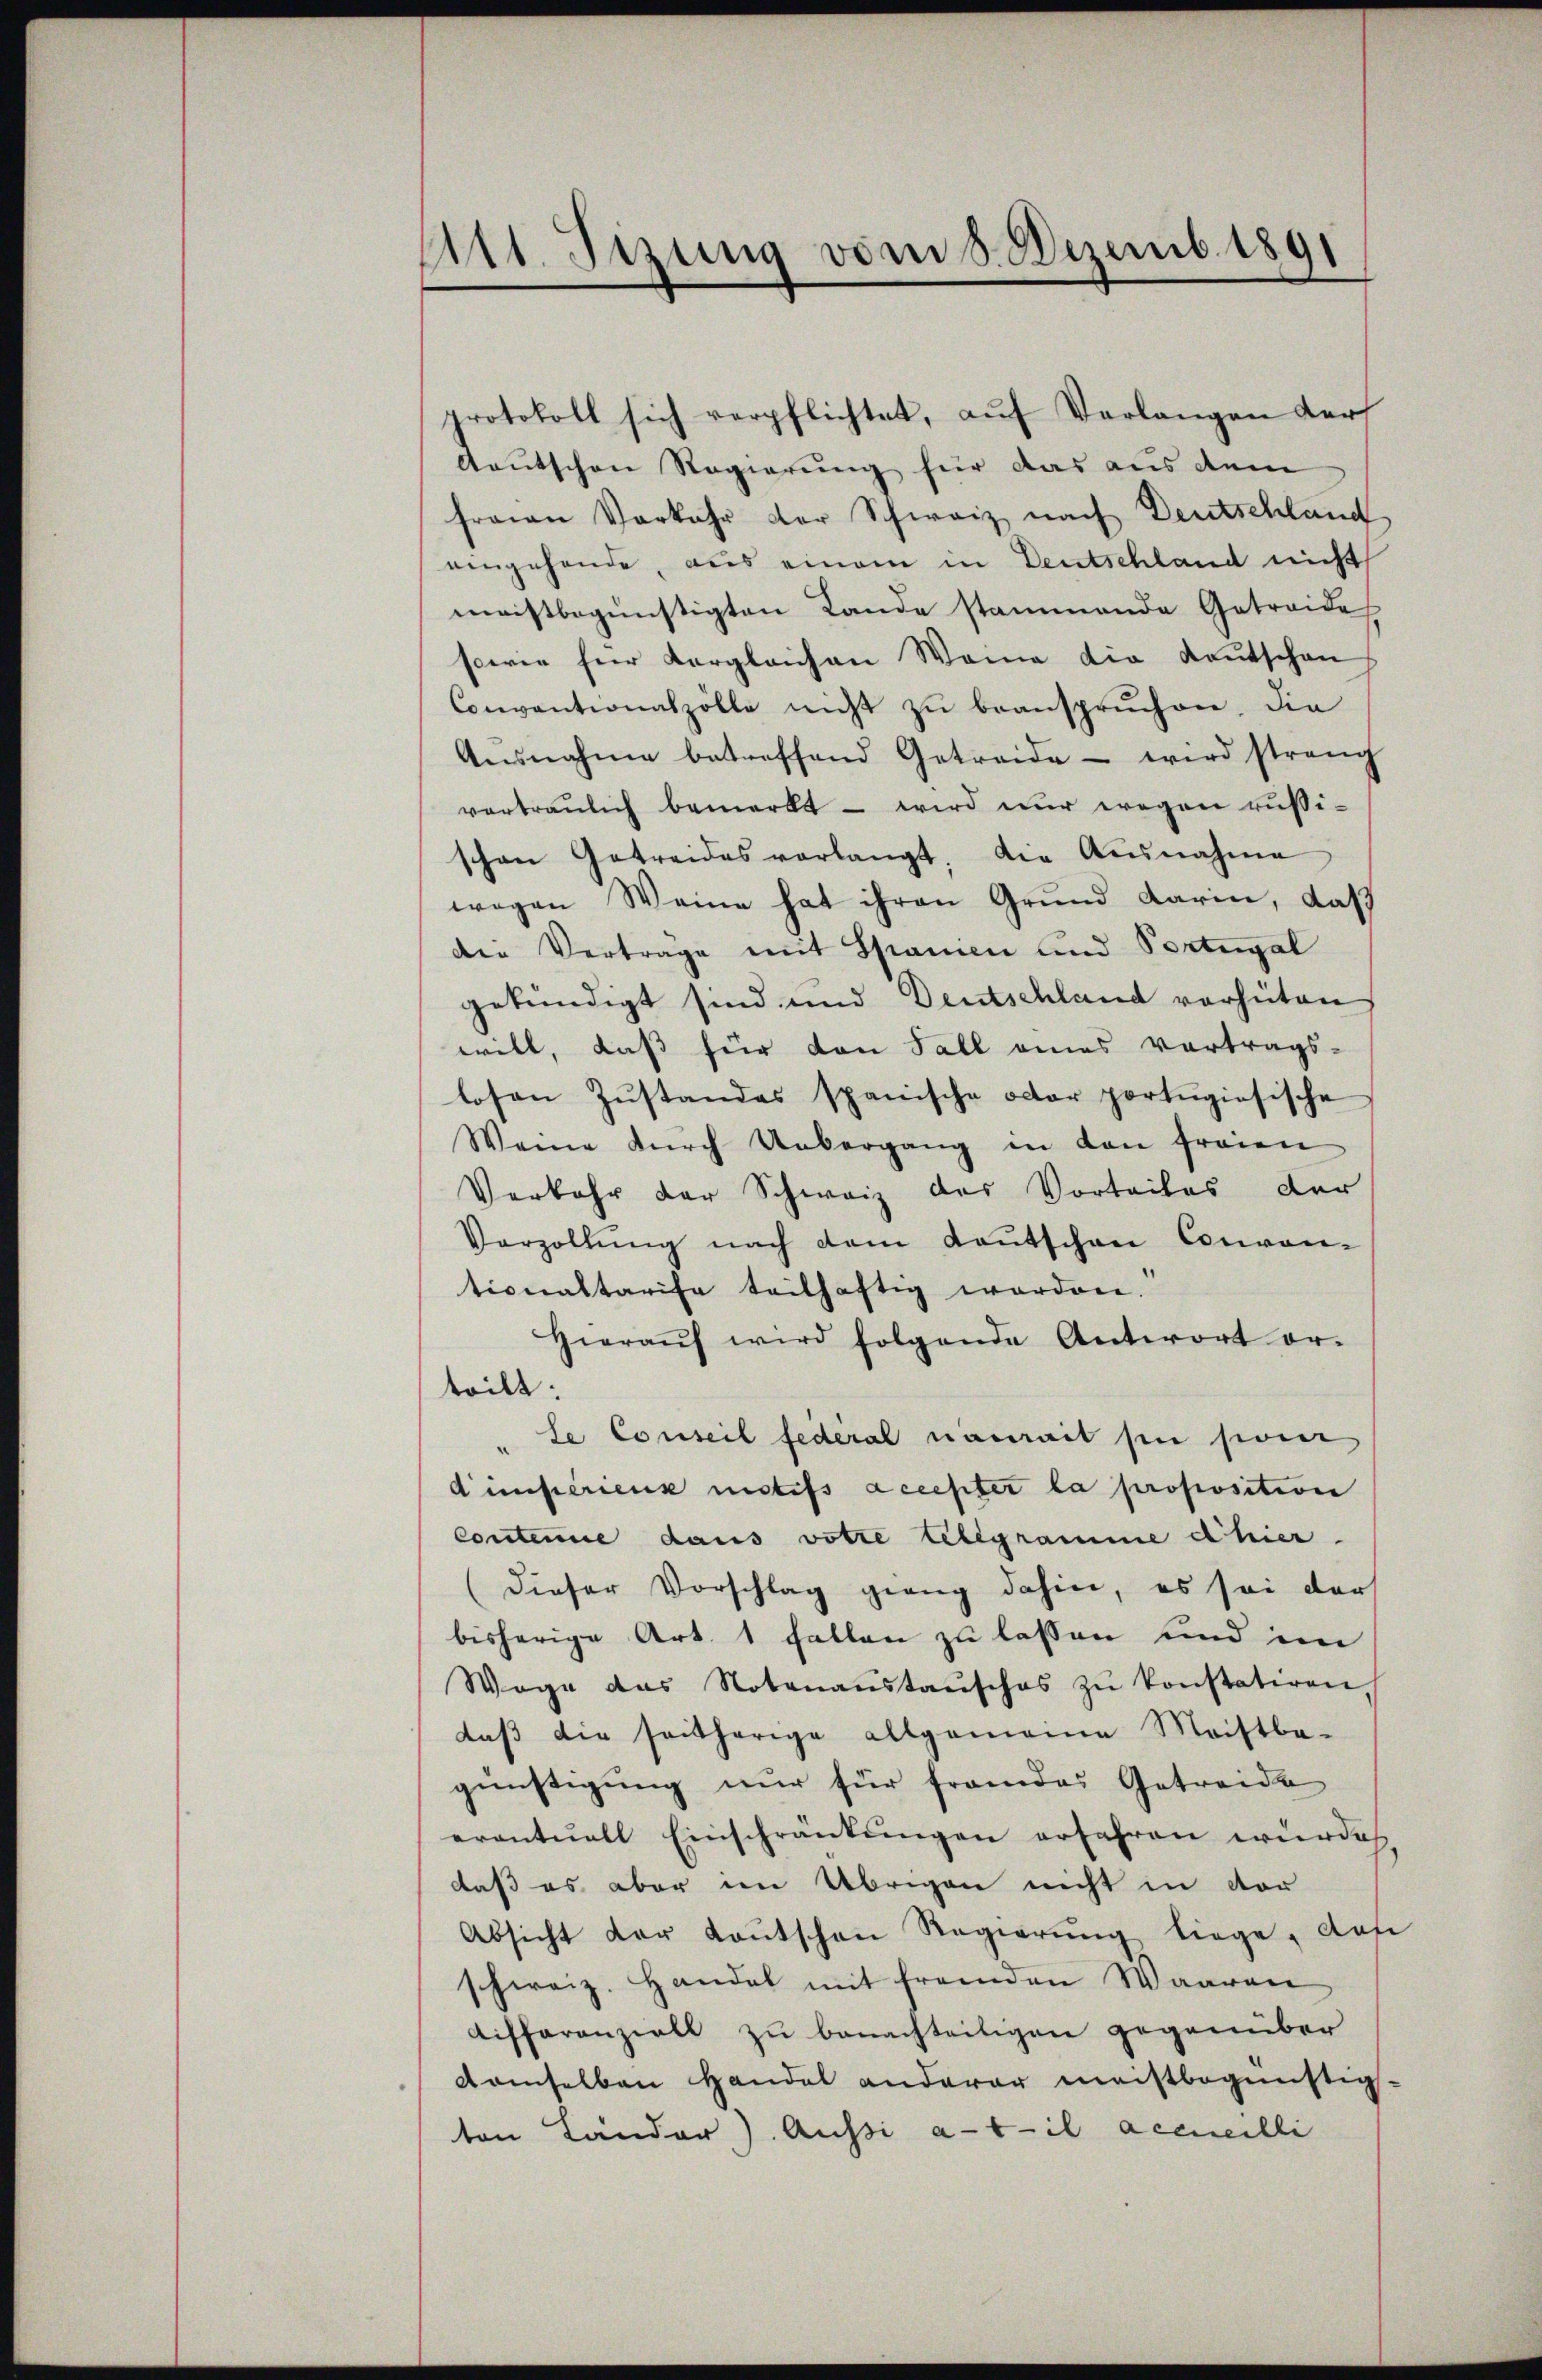
Mtt. Sizung vom 8. Dezemb. 1891

protokoll sich verpflichtet, auf Verlangen der
deutschen Regierung für das aus dem
freien Vorkehr der Schweiz nach Deutschland
eingehende, aus einem in Deutschland nicht
meistbegünstigten Lande stammende Getreide
sowie für Vergleichen Weine die Kautschon
Conventionaszölle nicht zŭ beanspruchen, die
Aŭsnahme betreffend Getreide - wird streng
vortraulich bemerkt – wird nur wegen rußischen Getreides verlangt, die Ausnahme
wegen Weine hat ihren Grund darin, daß
den Verträge mit Spanien und Portugal
gekündigt sind und Deutschland verhüten
will, daß für den Fall eines vortrags-
losen Zŭstandes spanische oder portŭgiosische
Weine dŭrch Uebergang in den freien
Verbahr der Schweiz des Vorteiles der
Verzollŭng nach dem Kaŭtschen Conven-
tionaltarife teilhaftig worden.
Hieraŭf wird folgende Antwort er-
teilt.
le Conseil federal nameit sie son
dinsterienz mistifs accepter la proposition
Contenue daus votre telegramme d hier.
(dieser Vorschlag grang dahin, es sei der
bisherige Art. 1 Fallen zu lassen und im
Wege das Notenanstaŭschas zŭ konstatiren,
daβ die seitherige allgemeine Meistbe-
günstigung nur für fremdes Getreide
eventuell Einschränkungen erfahren würde,
daß es aber im Übrigen nicht in der
Absicht der Laŭtschen Regierŭng liege, dan
schweiz. Handel mit fremden Waaren
Aiffaranziell zu benachteiligen gegenüber
damselben Handel anderer meistbegünstig.
ton Lander). Aussi a-6-il accueilli